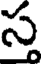
స్త